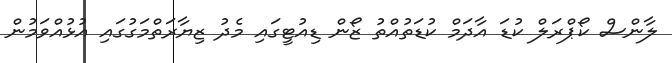
ލާންސް ކޯޕްރަލް ކުޑަ އާދަމް ކުޑަތުއްތު ޒޯން ޑިއުޓީގައި މެދު ޒިޔާރަތްމަގުގައި އުޅުއްވަމުން